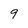
Character: 9